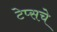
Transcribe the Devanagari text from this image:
टेप्सचे